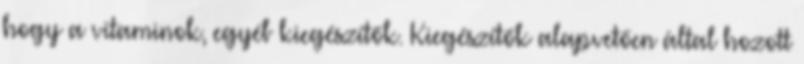
hogy a vitaminok, egyéb kiegészítők. Kiegészítők alapvetően által hozott